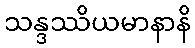
သန္ဒဿိယမာနာနိ